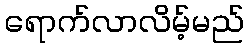
ရောက်လာလိမ့်မည်